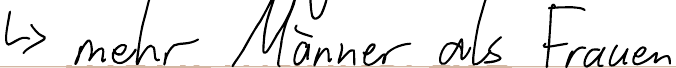
-> mehr Männer als Frauen